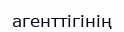
агенттігінің